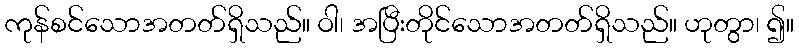
ကုန်စင်သောအတတ်ရှိသည်။ ဝါ၊ အပြီးတိုင်သောအတတ်ရှိသည်။ ဟုတွာ၊ ၍။